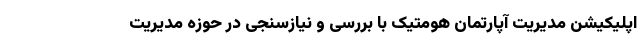
اپلیکیشن مدیریت آپارتمان هومتیک با بررسی و نیازسنجی در حوزه مدیریت